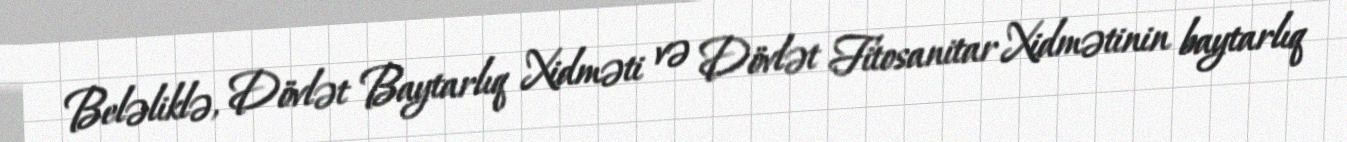
Beləliklə, Dövlət Baytarlıq Xidməti və Dövlət Fitosanitar Xidmətinin baytarlıq